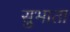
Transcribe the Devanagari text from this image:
सुभाता